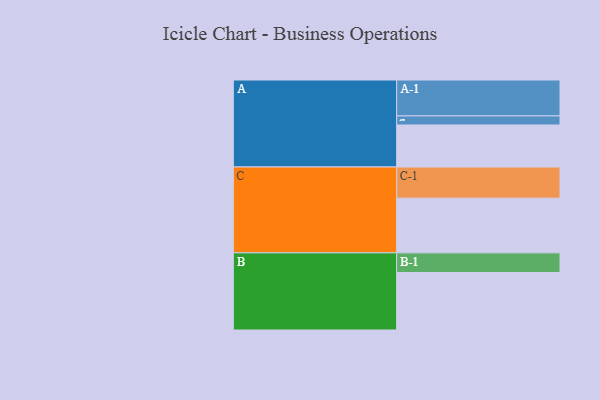
{"axis": {"x": "Segment", "y": "Value"}, "legend": ["", "A", "B", "C"], "data": [{"x": "A", "y": 337, "type": ""}, {"x": "B", "y": 461, "type": ""}, {"x": "C", "y": 439, "type": ""}, {"x": "A-1", "y": 288, "type": "A"}, {"x": "A-2", "y": 73, "type": "A"}, {"x": "B-1", "y": 158, "type": "B"}, {"x": "C-1", "y": 250, "type": "C"}]}